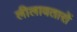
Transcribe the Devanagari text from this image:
लीलावतारों